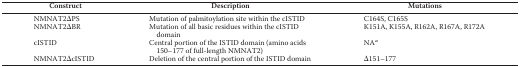
<table><thead><tr><td><b>Construct</b></td><td><b>Description</b></td><td><b>Mutations</b></td></tr></thead><tbody><tr><td>NMNAT2ΔPS</td><td>Mutation of palmitoylation site within the cISTID</td><td>C164S, C165S</td></tr><tr><td>NMNAT2ΔBR</td><td>Mutation of all basic residues within the cISTID domain</td><td>K151A, K155A, R162A, R167A, R172A</td></tr><tr><td>cISTID</td><td>Central portion of the ISTID domain (amino acids 150–177 of full-length NMNAT2)</td><td>NA<i><sup>a</sup></i></td></tr><tr><td>NMNAT2ΔcISTID</td><td>Deletion of the central portion of the ISTID domain</td><td>Δ151–177</td></tr></tbody></table>